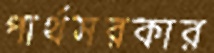
পার্থসরকার